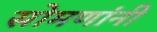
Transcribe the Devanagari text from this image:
सोमणांनी